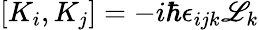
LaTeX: \left[K_{i},K_{j}\right]=-i\hbar\epsilon_{ijk}\mathscr{L}_{k}